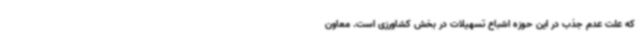
که علت عدم جذب در این حوزه اشباع تسهیلات در بخش کشاورزی است. معاون